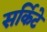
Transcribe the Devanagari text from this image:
सर्किटे